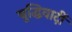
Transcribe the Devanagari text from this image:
बुद्धिवादीं